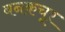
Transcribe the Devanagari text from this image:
बनकचूर